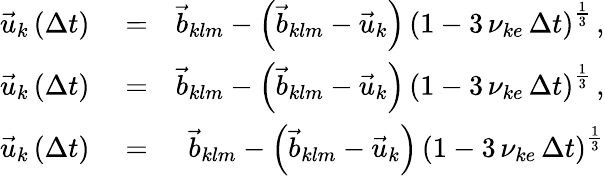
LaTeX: \begin{array}{rlr}{\vec{u}_{k}\left(\Delta t\right)}&{{}=}&{\vec{b}_{klm}-\left(\vec{b}_{klm}-\vec{u}_{k}\right)\, \left(1-3\, \nu_{ke}\, \Delta t\right)^{\frac{1}{3}}\, ,}\\ {\vec{u}_{k}\left(\Delta t\right)}&{{}=}&{\vec{b}_{klm}-\left(\vec{b}_{klm}-\vec{u}_{k}\right)\, \left(1-3\, \nu_{ke}\, \Delta t\right)^{\frac{1}{3}}\, ,}\\ {\vec{u}_{k}\left(\Delta t\right)}&{{}=}&{\vec{b}_{klm}-\left(\vec{b}_{klm}-\vec{u}_{k}\right)\, \left(1-3\, \nu_{ke}\, \Delta t\right)^{\frac{1}{3}}}\end{array}